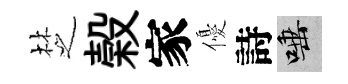
椘榖家優詩唾